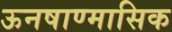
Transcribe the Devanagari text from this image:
ऊनषाण्मासिक